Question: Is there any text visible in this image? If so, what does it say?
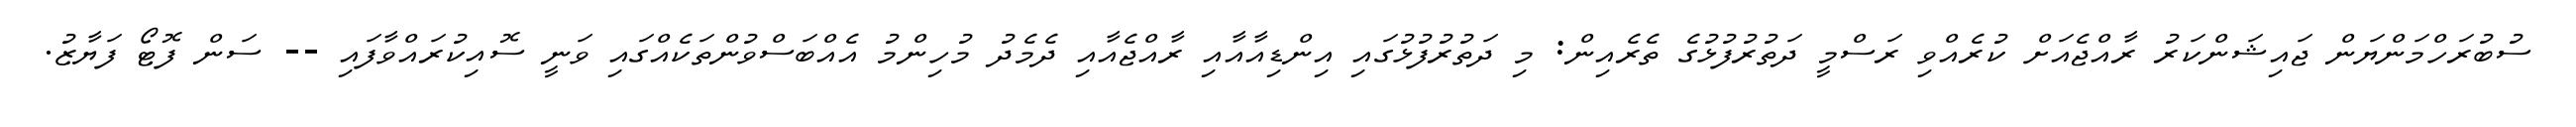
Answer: ސުބުރަހްމަންޔަން ޖައިޝަންކަރު ރާއްޖެއަށް ކުރެއްވި ރަސްމީ ދަތުރުފުޅުގެ ތެރެއިން: މި ދަތުރުފުޅުގައި އިންޑިއާއާއި ރާއްޖެއާއި ދެމެދު މުހިންމު އެއްބަސްވުންތަކެއްގައި ވަނީ ސޮއިކުރައްވާފައި -- ސަން ފޮޓޯ ފަޔާޒު.